Civil Veterinary Dept. Bombay admin report 1900-1906 - 1900-1906
Year: 1900
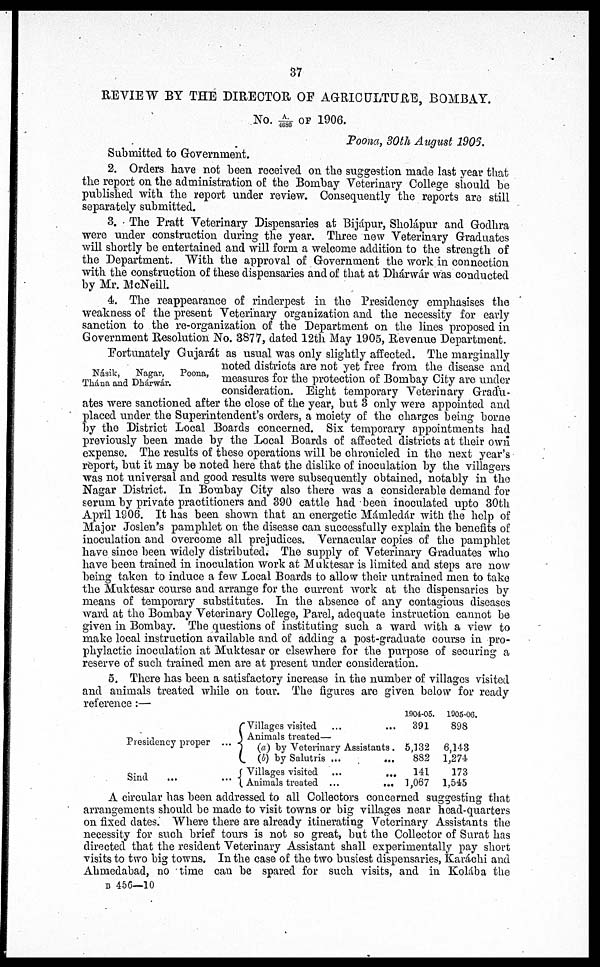
37
REVIEW BY THE DIRECTOR OF AGRICULTURE, BOMBAY.
No. A/4686 OF 1906.
Poona, 30th August 1906.
Submitted to Government.
2. Orders have not been received on the suggestion made last year that
the report on the administration of the Bombay Veterinary College should be
published with the report under review. Consequently the reports are still
separately submitted.
3. The Pratt Veterinary Dispensaries at Bijápur, Sholápur and Godhra
were under construction during the year. Three new Veterinary Graduates
will shortly be entertained and will form a welcome addition to the strength of
the Department. With the approval of Government the work in connection
with the construction of these dispensaries and of that at Dhárwár was conducted
by Mr. McNeill.
4. The reappearance of rinderpest in the Presidency emphasises the
weakness of the present Veterinary organization and the necessity for early
sanction to the re-organization of the Department on the lines proposed in
Government Resolution No. 3877, dated 12th May 1905. Revenue Department.
Násik,
Nagar,
Poona,
Thána and Dhárwár.
Fortunately Gujarat as usual was only slightly affected. The marginally
noted districts are not yet free from the disease and
measures for the protection of Bombay City are under
consideration. Eight temporary Veterinaiy Gradu-
ates were sanctioned after the close of the year, but 3 only were appointed and
placed under the Superintendent's orders, a moiety of the charges being borne
by the District Local Boards concerned. Six temporary appointments had
previously been made by the Local Boards of affected districts at their own
expense. The results of these operations will be chronicled in the next year's
report, but it may be noted here that the dislike of inoculation by the villagers
was not universal and good results were subsequently obtained, notably in the
Nagar District. In Bombay City also there was a considerable demand for
serum by private practitioners and 390 cattle had been inoculated upto 30th
April 1906. It has been shown that an energetic Mámledár with the help of
Major Joslen's pamphlet on the disease can successfully explain the benefits of
inoculation and overcome all prejudices. Vernacular copies of the pamphlet
have since been widely distributed. The supply of Veterinary Graduates who
have been trained in inoculation work at Muktesar is limited and steps are now
being taken to induce a few Local Boards to allow their untrained men to take
the Muktesar course and arrange for the current work at the dispensaries by
means of temporary substitutes. In the absence of any contagious diseases
ward at the Bombay Veterinary College, Parel, adequate instruction cannot be
given in Bombay. The questions of instituting such a ward with a view to
make local instruction available and of adding a post-graduate course in pro-
phylactic inoculation at Muktesar or elsewhere for the purpose of securing a
reserve of such trained men are at present under consideration.
5. There has been a satisfactory increase in the number of villages visited
and animals treated while on tour. The figures are given below for ready
reference:—
Presidency proper
Sind
...
Villages visited
...
...
Animals treated—
... (a) by Veterinary Assistants .
(b) by Salutris ...
...
Villages visited ...
...
... Animals treated ... ...
1904-05.
391
5,132
882
141
1,067
1905-06.
898
6,143
1,274
173
1,545
A circular has been addressed to all Collectors concerned suggesting that
arrangements should be made to visit towns or big villages near head-quarters
on fixed dates. Where there are already itinerating Veterinary Assistants the
necessity for such brief tours is not so great, but the Collector of Surat has
directed that the resident Veterinary Assistant shall experimentally pay short
visits to two big towns. In the case of the two busiest dispensaries, Karachi and
Ahmedabad, no time can be spared for such visits, and in Kolába the
B 456—10